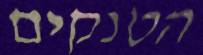
הטנקים